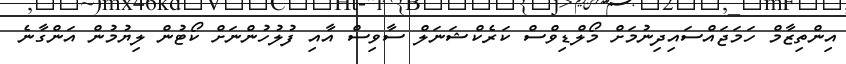
އިންތިޒާމް ހަމަޖައްސައިދިނުމަށް މޯލްޑިވްސް ކަރެކްޝަނަލް ސާވިސް އާއި ފުލުހުންނަށް ކޯޓުން ލިޔުމުން އަންގާނެ